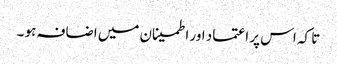
تا کہ اس پر اعتماد اور اطمینان میں اضافہ ہو ۔